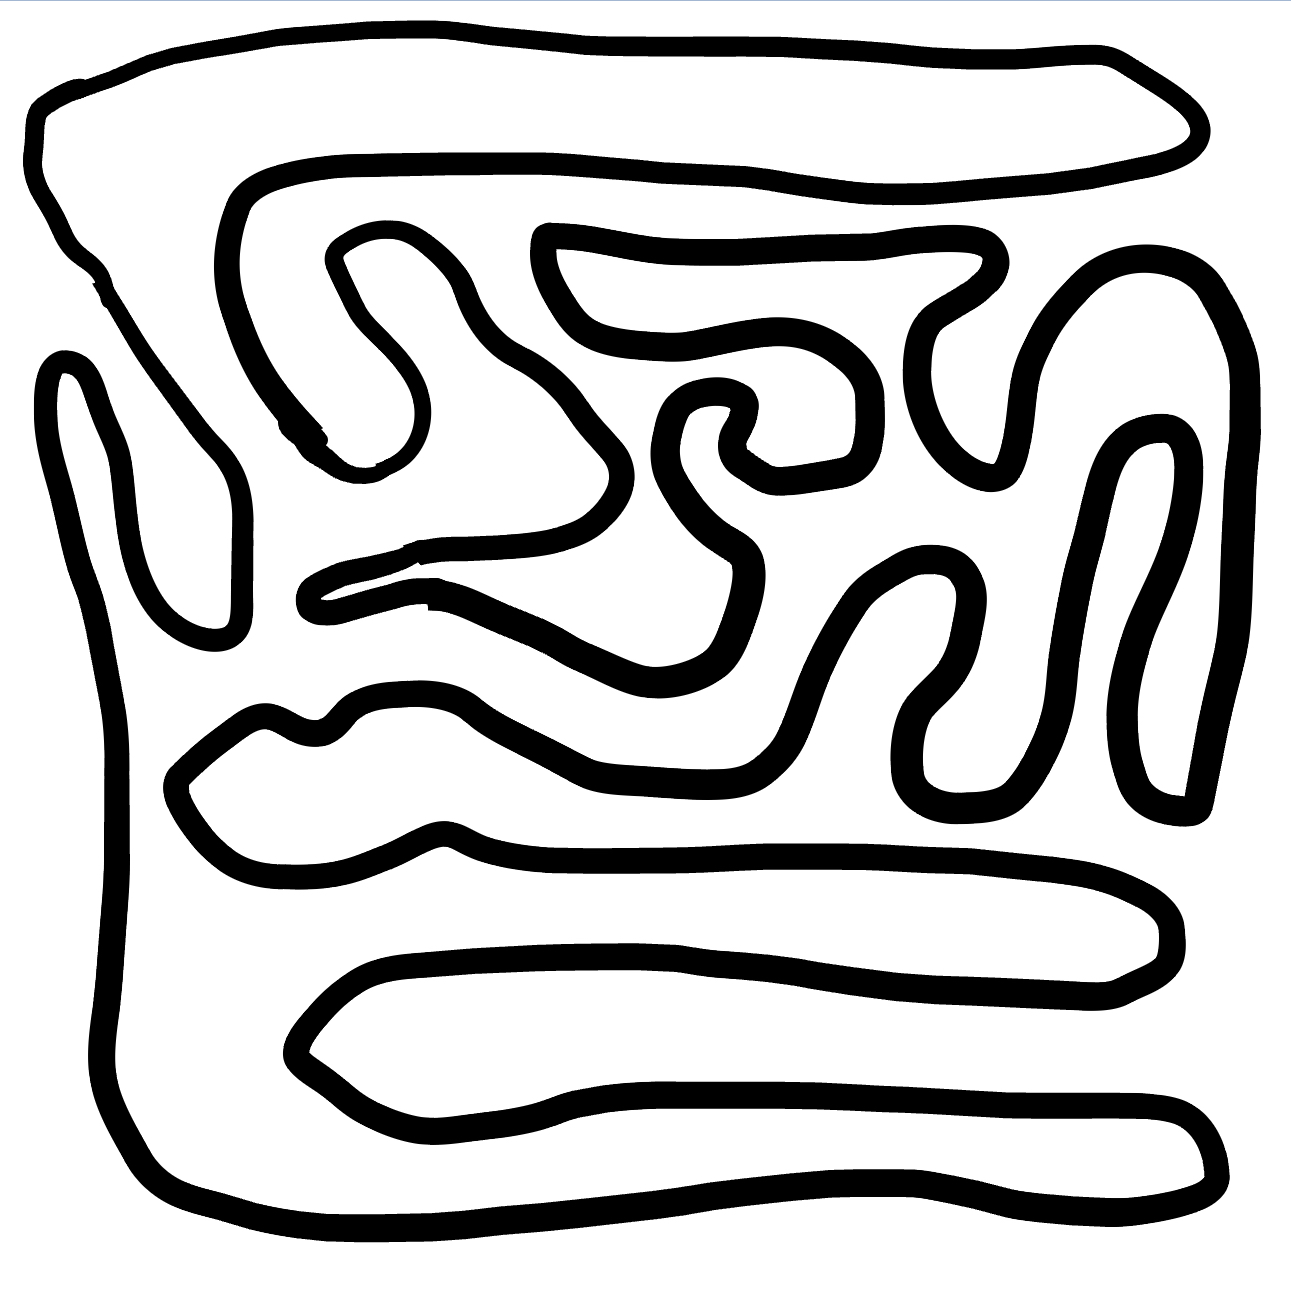
Number of regions (including the outer root region): 2
Containment tree edges (parent, child): 0, 1